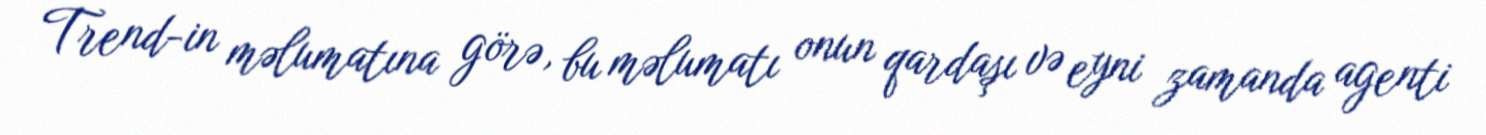
Trend-in məlumatına görə, bu məlumatı onun qardaşı və eyni zamanda agenti